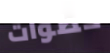
خطوات